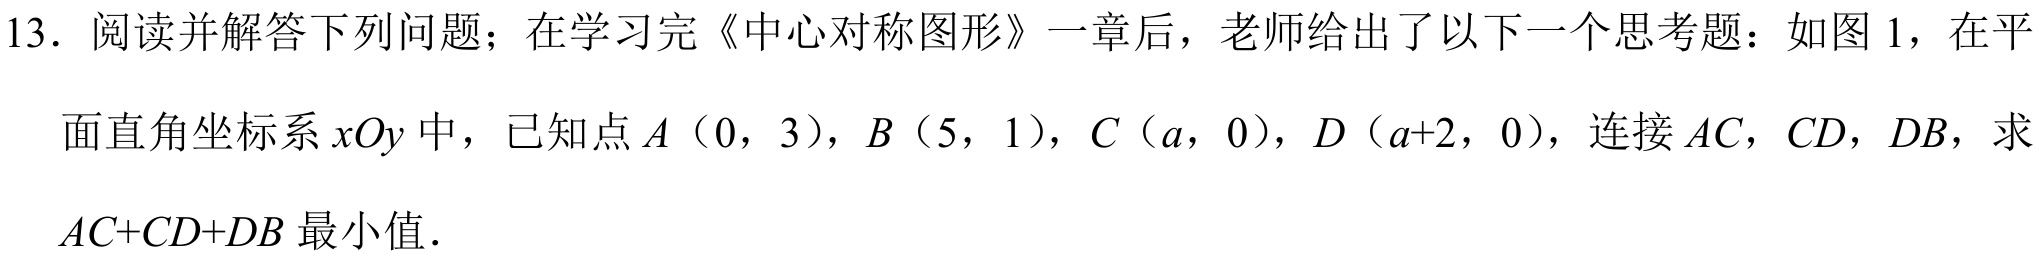
13. 阅读并解答下列问题；在学习完《中心对称图形》一章后，老师给出了以下一个思考题：如图 1，在平面直角坐标系 \(xOy\) 中，已知点 \(A\)（0，3），\(B\)（5，1），\(C\)（\(a\)，0），\(D\)（\(a + 2\)，0），连接 \(AC\)，\(CD\)，\(DB\)，求 \(AC + CD+DB\) 最小值．